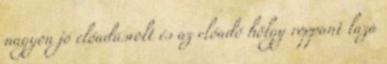
nagyon jó előadásvolt és az előadó hölgy roppant laza